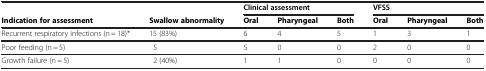
|  |  | <COLSPAN=3> Clinical assessment | <COLSPAN=3> VFSS |
 | --- | --- | --- | --- | --- | --- | --- | --- |
 | Indication for assessment | Swallow abnormality | Oral | Pharyngeal | Both | Oral | Pharyngeal | Both |
 | Recurrent respiratory infections (n = 18)* | 15 (83%) | 6 | 4 | 5 | 1 | 3 | 1 |
 | Poor feeding (n = 5) | 5 | 5 | 0 | 0 | 2 | 0 | 0 |
 | Growth failure (n = 5) | 2 (40%) | 1 | 1 | 0 | 0 | 0 | 0 |